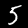
Digit: 5